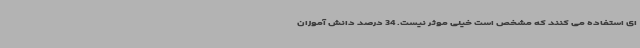
ای استفاده می کنند که مشخص است خیلی موثر نیست. 34 درصد دانش آموزان